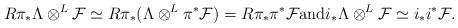
LaTeX: \begin{align*}R\pi_\ast \Lambda\otimes^L\mathcal F\simeq R\pi_\ast(\Lambda\otimes^L\pi^\ast\mathcal F)=R\pi_\ast\pi^\ast\mathcal F {\rm and}i_\ast\Lambda\otimes^L\mathcal F\simeq i_\ast i^\ast\mathcal F.\end{align*}